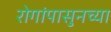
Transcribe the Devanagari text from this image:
रोगांपासुनच्या